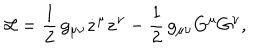
{ \cal L } = \frac { 1 } { 2 } \, g _ { \mu \nu } \dot { z } ^ { \mu } \dot { z } ^ { \nu } - \frac { 1 } { 2 } \, g _ { \mu \nu } G ^ { \mu } G ^ { \nu } ,